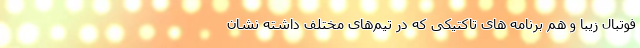
فوتبال زیبا و هم برنامه های تاکتیکی که در تیم‌های مختلف داشته نشان